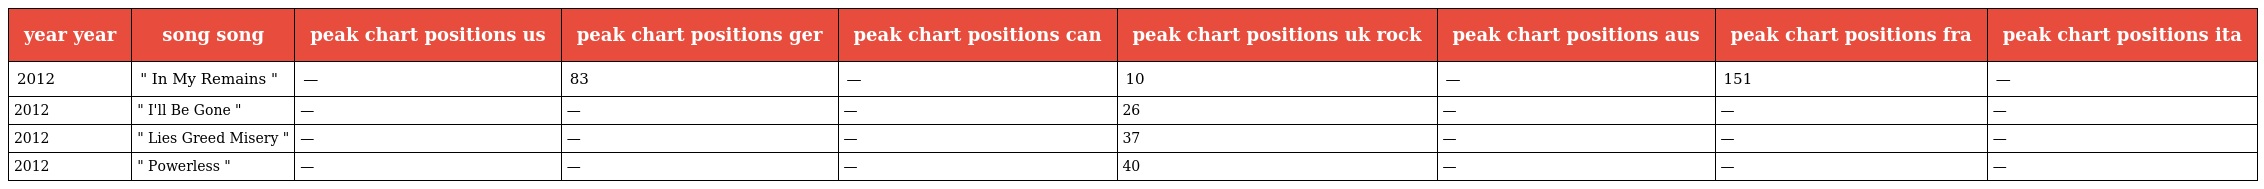
| year year | song song | peak chart positions us | peak chart positions ger | peak chart positions can | peak chart positions uk rock | peak chart positions aus | peak chart positions fra | peak chart positions ita |
 | --- | --- | --- | --- | --- | --- | --- | --- | --- |
 | 2012 | " In My Remains " | — | 83 | — | 10 | — | 151 | — |
 | 2012 | " I'll Be Gone " | — | — | — | 26 | — | — | — |
 | 2012 | " Lies Greed Misery " | — | — | — | 37 | — | — | — |
 | 2012 | " Powerless " | — | — | — | 40 | — | — | — |